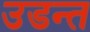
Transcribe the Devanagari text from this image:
उडन्त